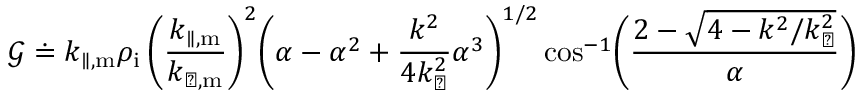
\mathcal { G } \doteq k _ { \parallel , \mathrm { m } } \rho _ { \mathrm { i } } \, \biggl ( \frac { k _ { \parallel , \mathrm { m } } } { k _ { \perp , \mathrm { m } } } \biggr ) ^ { 2 } \biggl ( \alpha - \alpha ^ { 2 } + \frac { k ^ { 2 } } { 4 k _ { \perp } ^ { 2 } } \alpha ^ { 3 } \biggr ) ^ { 1 / 2 } \cos ^ { - 1 } \biggl ( \frac { 2 - \sqrt { 4 - k ^ { 2 } / k _ { \perp } ^ { 2 } } } { \alpha } \biggr )